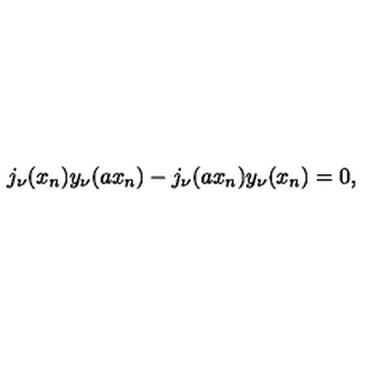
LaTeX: j _ { \nu } ( x _ { n } ) y _ { \nu } ( a x _ { n } ) - j _ { \nu } ( a x _ { n } ) y _ { \nu } ( x _ { n } ) = 0 ,